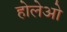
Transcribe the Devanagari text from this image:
होलेओ